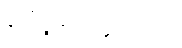
ပေါ်ထွက်လာခဲ့ပါတယ်။